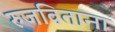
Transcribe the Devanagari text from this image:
रुजविताना